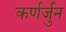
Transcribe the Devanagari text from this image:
कर्णर्जुन